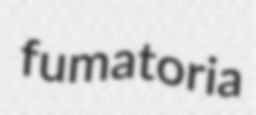
fumatoria